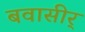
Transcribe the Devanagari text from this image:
बवासीर्